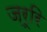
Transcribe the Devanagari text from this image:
ज़रूरि